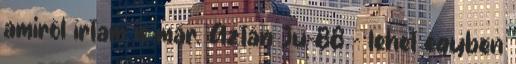
amiről írtam is már. Aztán Ju-88 - lehet egyben